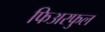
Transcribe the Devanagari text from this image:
फिअरफुल